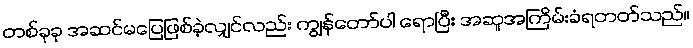
တစ်ခုခု အဆင်မပြေဖြစ်ခဲ့လျှင်လည်း ကျွန်တော်ပါ ရောပြီး အဆူအကြိမ်းခံရတတ်သည်။